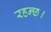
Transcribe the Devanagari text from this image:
रहन्छ।